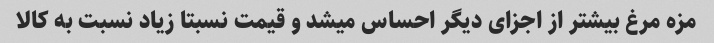
مزه مرغ بیشتر از اجزای دیگر احساس میشد و قیمت نسبتا زیاد نسبت به کالا